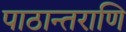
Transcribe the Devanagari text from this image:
पाठान्तराणि